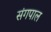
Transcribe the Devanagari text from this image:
संगपाल